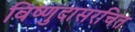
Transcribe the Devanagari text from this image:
विष्णुदासरचित